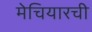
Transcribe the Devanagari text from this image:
मेचियारची